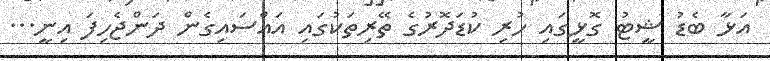
އަޅާ ބެޑު ޝީޓު ގޮޅީގައި ހުރި ކުޑަދޮރުގެ ތޭރިތަކުގައި އައްސައިގެން ދަންޖެހިފަ އިނީ...